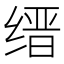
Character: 缙